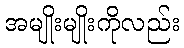
အမျိုးမျိုးကိုလည်း